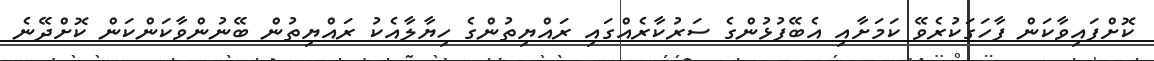
ކޮށްފައިވާކަން ފާހަގަކުރެވޭ ކަމަށާއި އެބޭފުޅުންގެ ސަރުކާރެއްގައި ރައްޔިތުންގެ ހިޔާލާއެކު ރައްޔިތުން ބޭނުންވާކަންކަން ކޮށްދޭނެ